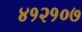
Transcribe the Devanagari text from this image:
४१२१०७